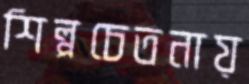
শিল্পচেতনায়